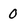
Character: 0